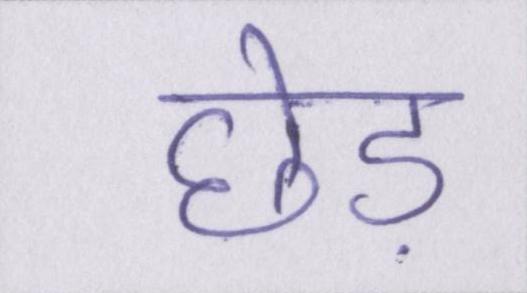
छेड़